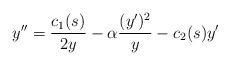
LaTeX: \begin{align*}y'' = \frac{c_1(s)}{2y} - \alpha \frac{(y')^2}{y} - c_2(s) y'\end{align*}